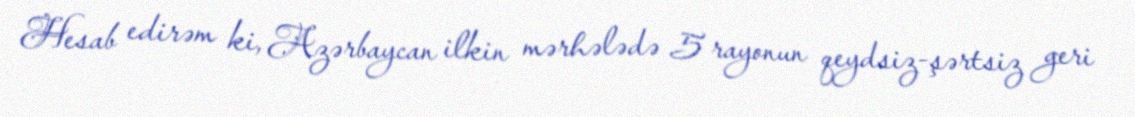
Hesab edirəm ki, Azərbaycan ilkin mərhələdə 5 rayonun qeydsiz-şərtsiz geri